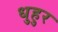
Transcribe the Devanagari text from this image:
धुहुर